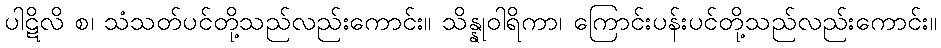
ပါဋိလိ စ၊ သံသတ်ပင်တို့သည်လည်းကောင်း။ သိန္နုဝါရိကာ၊ ကြောင်းပန်းပင်တို့သည်လည်းကောင်း။